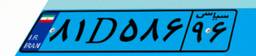
۸۱D۵۸۶۹۶